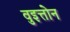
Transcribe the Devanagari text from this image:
वुइत्तोन